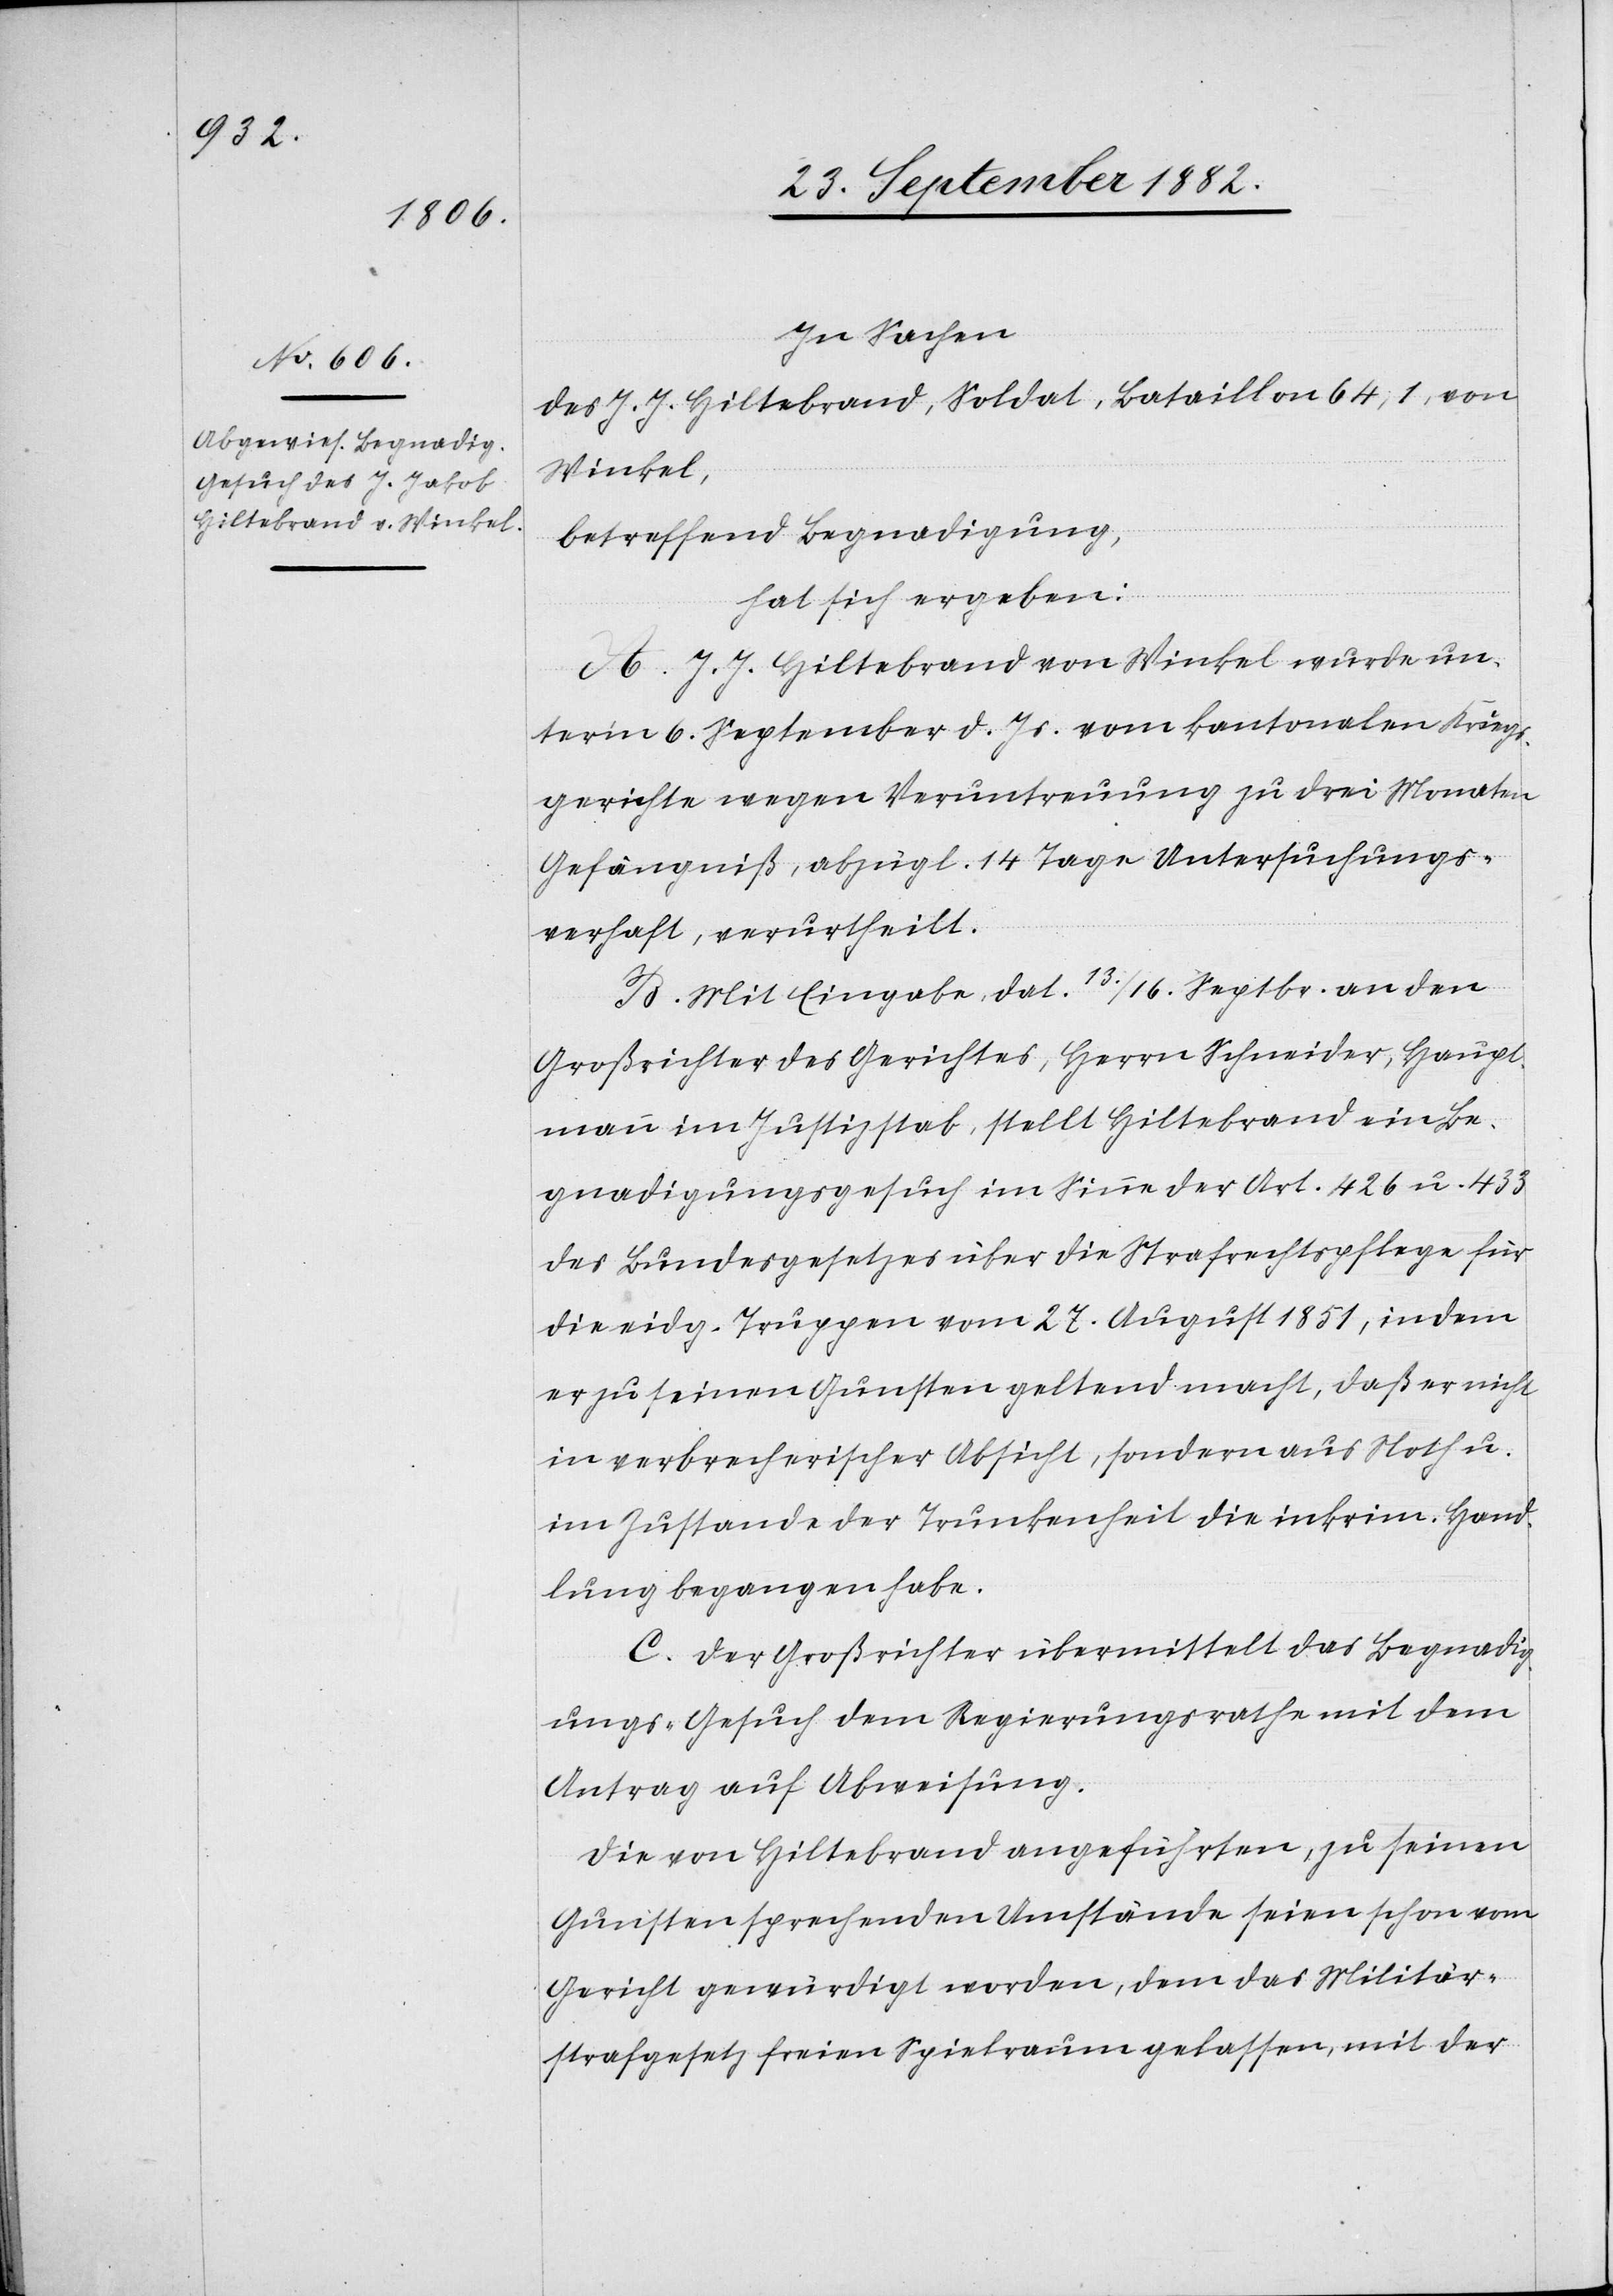
In Sachen
des J. J. Hiltebrand, Soldat, Bataillon 64, 1, von
Winkel,
betreffend Begnadigung,
hat sich ergeben:
A. J. J. Hiltebrand von Winkel wurde un¬
ter’m 6. September d. Js. vom kantonalen Kriegs¬
gerichte wegen Veruntreuung zu drei Monaten
Gefängniß, abzügl. 14 Tagen Untersuchungs¬
verhaft, verurtheilt.
B. Mit Eingabe, dat. 13./16. Septbr. an den
Großrichter des Gerichtes, Herrn Schneider, Haupt¬
mann im Justizstab, stellt Hiltebrand ein Be¬
gnadigungsgesuch im Sinne der Art. 426 u. 433
des Bundesgesetzes über die Strafrechtspflege für
die eidg. Truppen vom 27. August 1851, indem
er zu seinen Gunsten geltend macht, daß er nicht
in verbrecherischer Absicht, sondern aus Noth u.
im Zustande der Trunkenheit die inkrim. Hand¬
lung begangen habe.
C. Der Großrichter übermittelt das Begnadig¬
ungs-Gesuch dem Regierungsrathe mit dem
Antrag auf Abweisung.
Die von Hiltebrand angeführten, zu seinen
Gunsten sprechenden Umstände seien schon vom
Gericht gewürdigt worden, dem das Militär¬
strafgesetz freien Spielraum gelassen, mit der